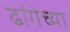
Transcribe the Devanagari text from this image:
ढांगेच्या